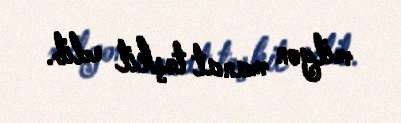
milyon manat təşkil edib.